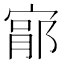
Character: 𫳦